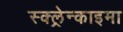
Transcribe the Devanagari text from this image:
स्क्ल्रेन्काइमा